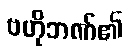
ဗဟိုဘဏ်၏